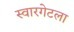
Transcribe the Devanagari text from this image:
स्वारगेटला